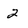
Character: 2